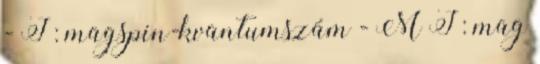
- I : magspin-kvantumszám - M I : mag